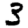
Digit: 3